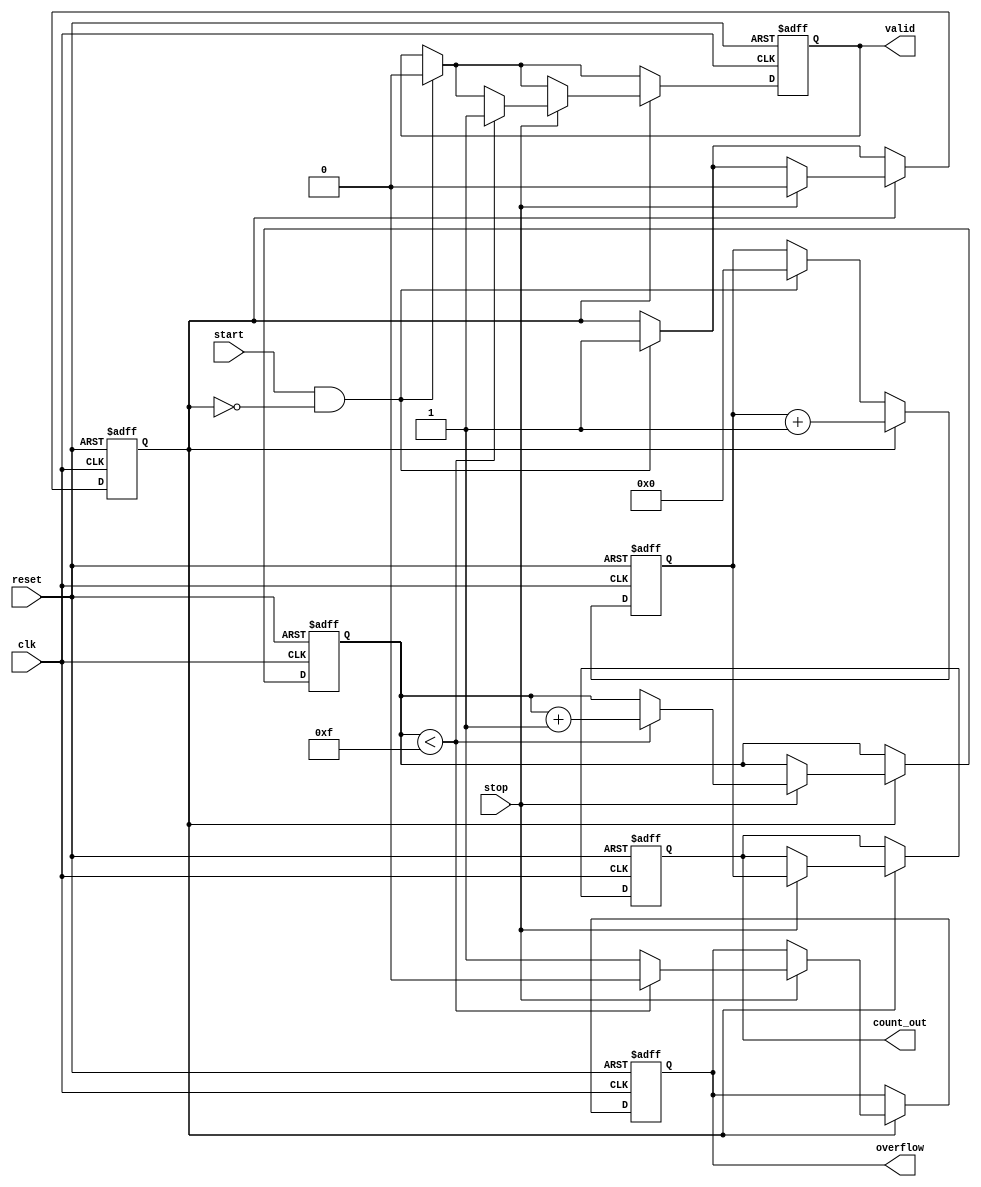
module TDC (
    input wire clk,            // Clock signal
    input wire reset,          // Reset signal
    input wire start,          // Start signal
    input wire stop,           // Stop signal
    output reg [15:0] count_out, // Output count value (adjust bit-width as needed)
    output reg valid,          // Valid data indicator
    output reg overflow        // Overflow indicator
);

    reg [15:0] counter;        // Counter to count clock cycles
    reg counting;              // State variable to indicate counting status
    reg [3:0] mem_index;      // Memory index for storing count values
    reg [15:0] memory [0:15];  // Memory block (FIFO) to store count values, 16 entries

    // Reset and initialization
    always @(posedge clk or posedge reset) begin
        if (reset) begin
            counter <= 16'b0;
            count_out <= 16'b0;
            valid <= 1'b0;
            overflow <= 1'b0;
            counting <= 1'b0;
            mem_index <= 4'b0;
        end else begin
            // Start counting on Start signal
            if (start && !counting) begin
                counting <= 1'b1;
                counter <= 16'b0; // Reset the counter
                valid <= 1'b0; // Invalidate output until stopped
            end
            
            // Count clock cycles while counting is enabled
            if (counting) begin
                counter <= counter + 1;

                // Stop counting on Stop signal
                if (stop) begin
                    counting <= 1'b0;
                    
                    // Store the count value in memory
                    if (mem_index < 4'd15) begin
                        memory[mem_index] <= counter;
                        mem_index <= mem_index + 1;
                        valid <= 1'b1; // Set valid flag
                        overflow <= 1'b0; // No overflow
                    end else begin
                        overflow <= 1'b1; // Set overflow if memory is full
                    end
                    count_out <= counter; // Output the count value
                end
            end
        end
    end

endmodule